Annual report of the Punjab Veterinary College and of the Civil Veterinary Department, Punjab - 1894-1908
Year: 1894
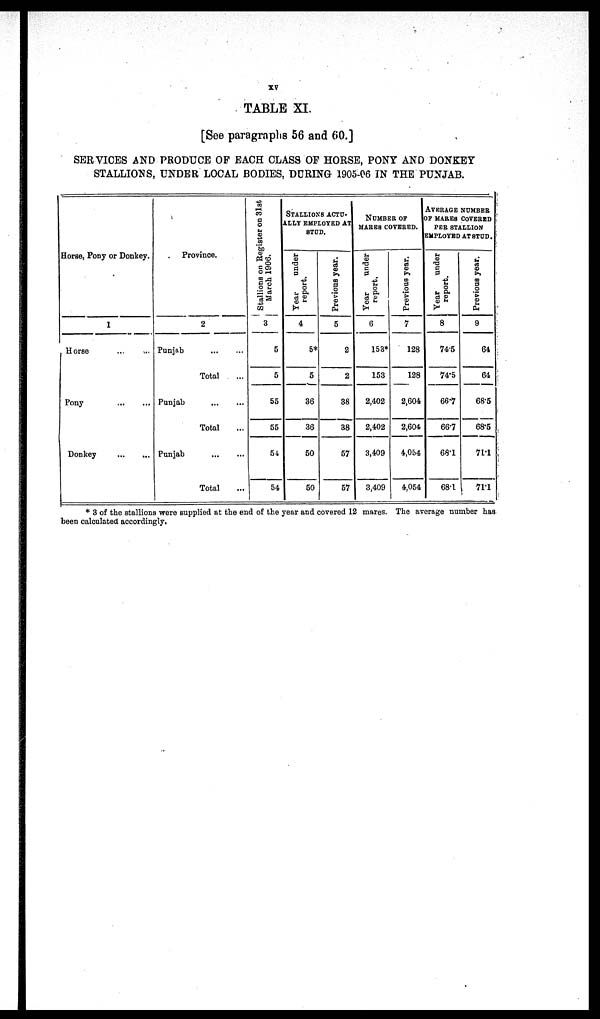
xv
TABLE XI.
[See paragraphs 56 and 60.]
SERVICES AND PRODUCE OF EACH CLASS OF HORSE, PONY AND DONKEY
STALLIONS, UNDER LOCAL BODIES, DURING 1905-06 IN THE PUNJAB.
Horse, Pony or Donkey.
1
Horse ... ...
Pony
...
...
Donkey
...
...
Province.
2
Punjab
...
...
Total ...
Punjab
...
...
Total ...
Punjab
...
...
Total ...
Stallions on Register on 3lst
March 1906.
3
5
5
55
55
54
54
STALLIONS ACTU-
ALLY EMPLOYED AT
STUD.
Year under
report.
4
5*
5
36
36
50
50
Previous year .
5
2
2
38
38
57
57
NUMBER OF
MARES COVERED.
Year under
report.
6
153*
153
2,402
2,402
3,409
3,409
Previous year .
7
128
128
2,604
2,604
4,054
4,054
AVERAGE NUMBER
OF MARES COVERED
PER STALLION
EMPLOYED AT STUD.
Year under
report.
8
74.5
74.5
66.7
66.7
68.1
68.1
Previous year.
9
64
64
68.5
68.5
71.1
71.1
* 3 of the stallions were supplied at the end of the year and covered 12 mares. The average number has
been calculated accordingly.